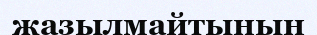
жазылмайтынын